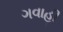
ગવાહી